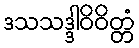
ဒသသဒ္ဒါဝိဝိတ္တံ